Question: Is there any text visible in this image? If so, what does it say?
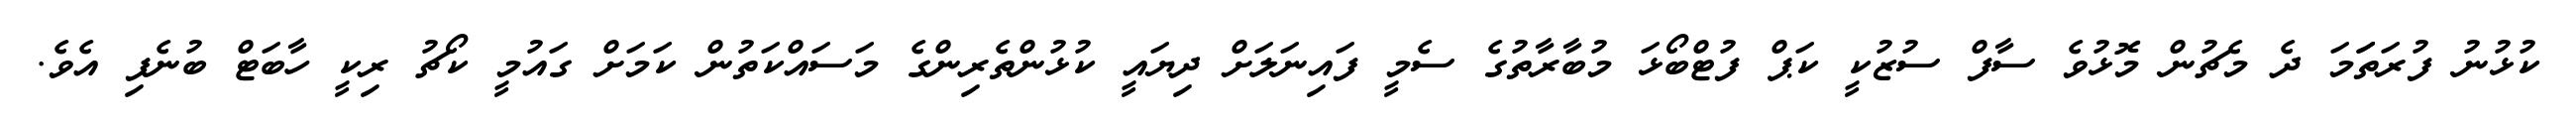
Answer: ކުޅުނު ފުރަތަަމަ ދެ މެޗުން މޮޅުވެ ސާފް ސުޒުކީ ކަޕް ފުޓްބޯޅަ މުބާރާތުގެ ސެމީ ފައިނަލަށް ދިޔައީ ކުޅުންތެރިންގެ މަސައްކަތުން ކަމަށް ގައުމީ ކޯޗު ރިކީ ހާބަޓް ބުނެފި އެވެ.